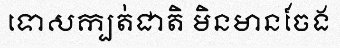
ទោសក្បត់ជាតិ មិនមានចែង